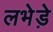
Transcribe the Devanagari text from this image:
लभेड़े